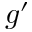
g ^ { \prime }